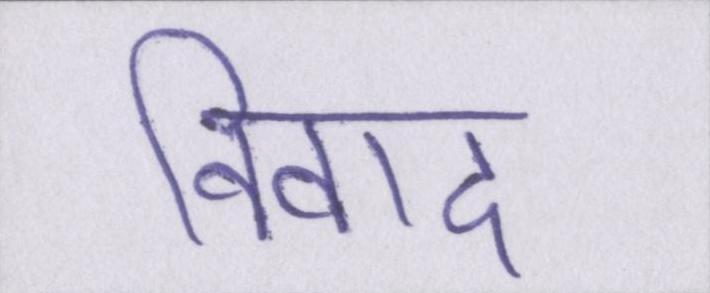
विवाद